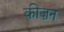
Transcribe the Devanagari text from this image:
कीज़न